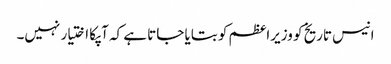
انیس تاریخ کو وزیراعظم کو بتایا جاتا ہے کہ آپکا اختیار نہیں۔